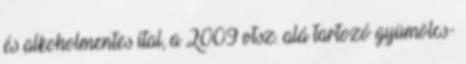
és alkoholmentes ital, a 2009 vtsz. alá tartozó gyümölcs-